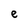
Character: e